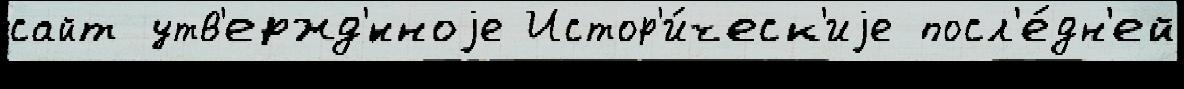
сайт утв'ержд'́нноjе Истор'и́ческ'иjе посл'е́дн'ей